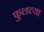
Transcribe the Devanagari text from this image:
फुलल्या